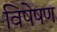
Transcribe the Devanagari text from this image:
विषेषण